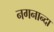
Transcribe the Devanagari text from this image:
नगनान्दा